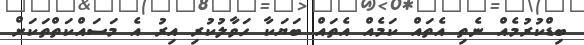
ބިޑްކުރުމެއް ނެތި އެތައް ކަމެއް އެތައް ބަޔަކާ ހަވާލުކުރި އިރު އެ މަސައްކަތްތަކަށް